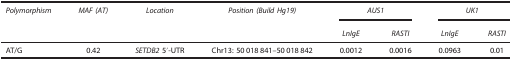
<table><thead><tr><td><b><i>Polymorphism</i></b></td><td><b><i>MAF (AT)</i></b></td><td><b><i>Location</i></b></td><td><b><i>Position (Build Hg19)</i></b></td><td colspan="2"><b><i>AUS1</i></b></td><td colspan="2"><b><i>UK1</i></b></td></tr><tr><td><b> </b></td><td><b> </b></td><td><b> </b></td><td><b> </b></td><td><b><i>LnIgE</i></b></td><td><b><i>RASTI</i></b></td><td><b><i>LnIgE</i></b></td><td><b><i>RASTI</i></b></td></tr></thead><tbody><tr><td>AT/G</td><td>0.42</td><td><i>SETDB2</i> 5′-UTR</td><td>Chr13: 50 018 841–50 018 842</td><td>0.0012</td><td>0.0016</td><td>0.0963</td><td>0.01</td></tr></tbody></table>